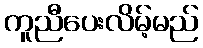
ကူညီပေးလိမ့်မည်